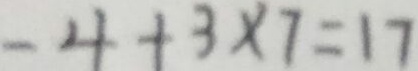
- 4 + 3 \times 7 = 1 7